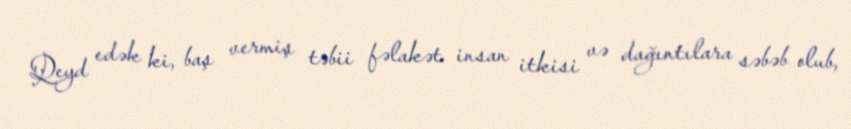
Qeyd edək ki, baş vermiş təbii fəlakət insan itkisi və dağıntılara səbəb olub,